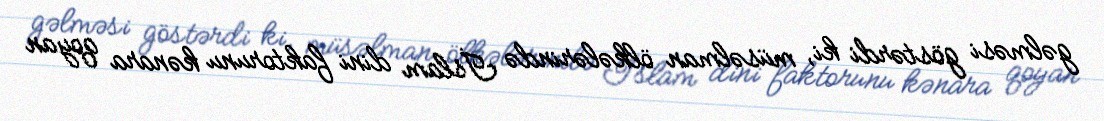
gəlməsi göstərdi ki, müsəlman ölkələrində İslam dini faktorunu kənara qoyan